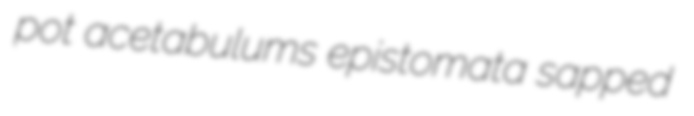
pot acetabulums epistomata sapped